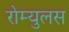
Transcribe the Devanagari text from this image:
रोम्युलस